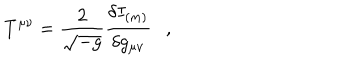
T ^ { \mu \nu } = { \frac { 2 } { \sqrt { - g } } } { \frac { \delta I _ { ( m ) } } { \delta g _ { \mu \nu } } } ,